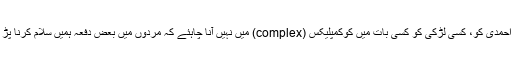
اب کسی احمدی کو، کسی لڑکی کو کسی بات میں کوکمپلیکس (complex) میں نہیں آنا چاہئے کہ مَردوں میں بعض دفعہ ہمیں سلام کرنا پڑ جاتا ہے۔